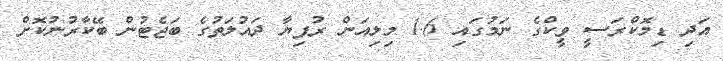
އަދި ޑިމޮކްރަސީ ވީކްގެ ނަމުގައި 1.6 މިލިއަން ރުފިޔާ ދައުލަތުގެ ބަޖެޓުން ބޭކާރުނުކޮށް